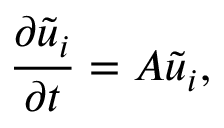
\frac { \partial \Tilde { u } _ { i } } { \partial t } = A \Tilde { u } _ { i } ,